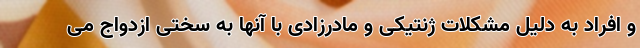
و افراد به دلیل مشکلات ژنتیکی و مادرزادی با آنها به سختی ازدواج می